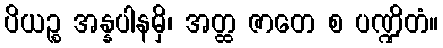
ပိယဉ္စ အန္နပါနမှိ၊ အတ္ထ ဇာတေ စ ပဏ္ဍိတံ။